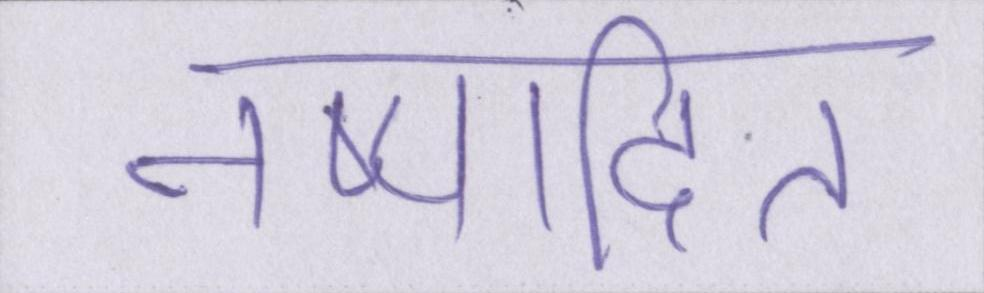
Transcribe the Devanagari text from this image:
निष्पादित